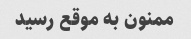
ممنون به موقع رسید